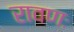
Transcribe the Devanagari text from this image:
रावणः